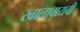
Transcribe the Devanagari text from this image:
खालावायची